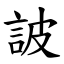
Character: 詖